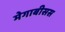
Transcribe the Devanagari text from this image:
मेगाबीसस